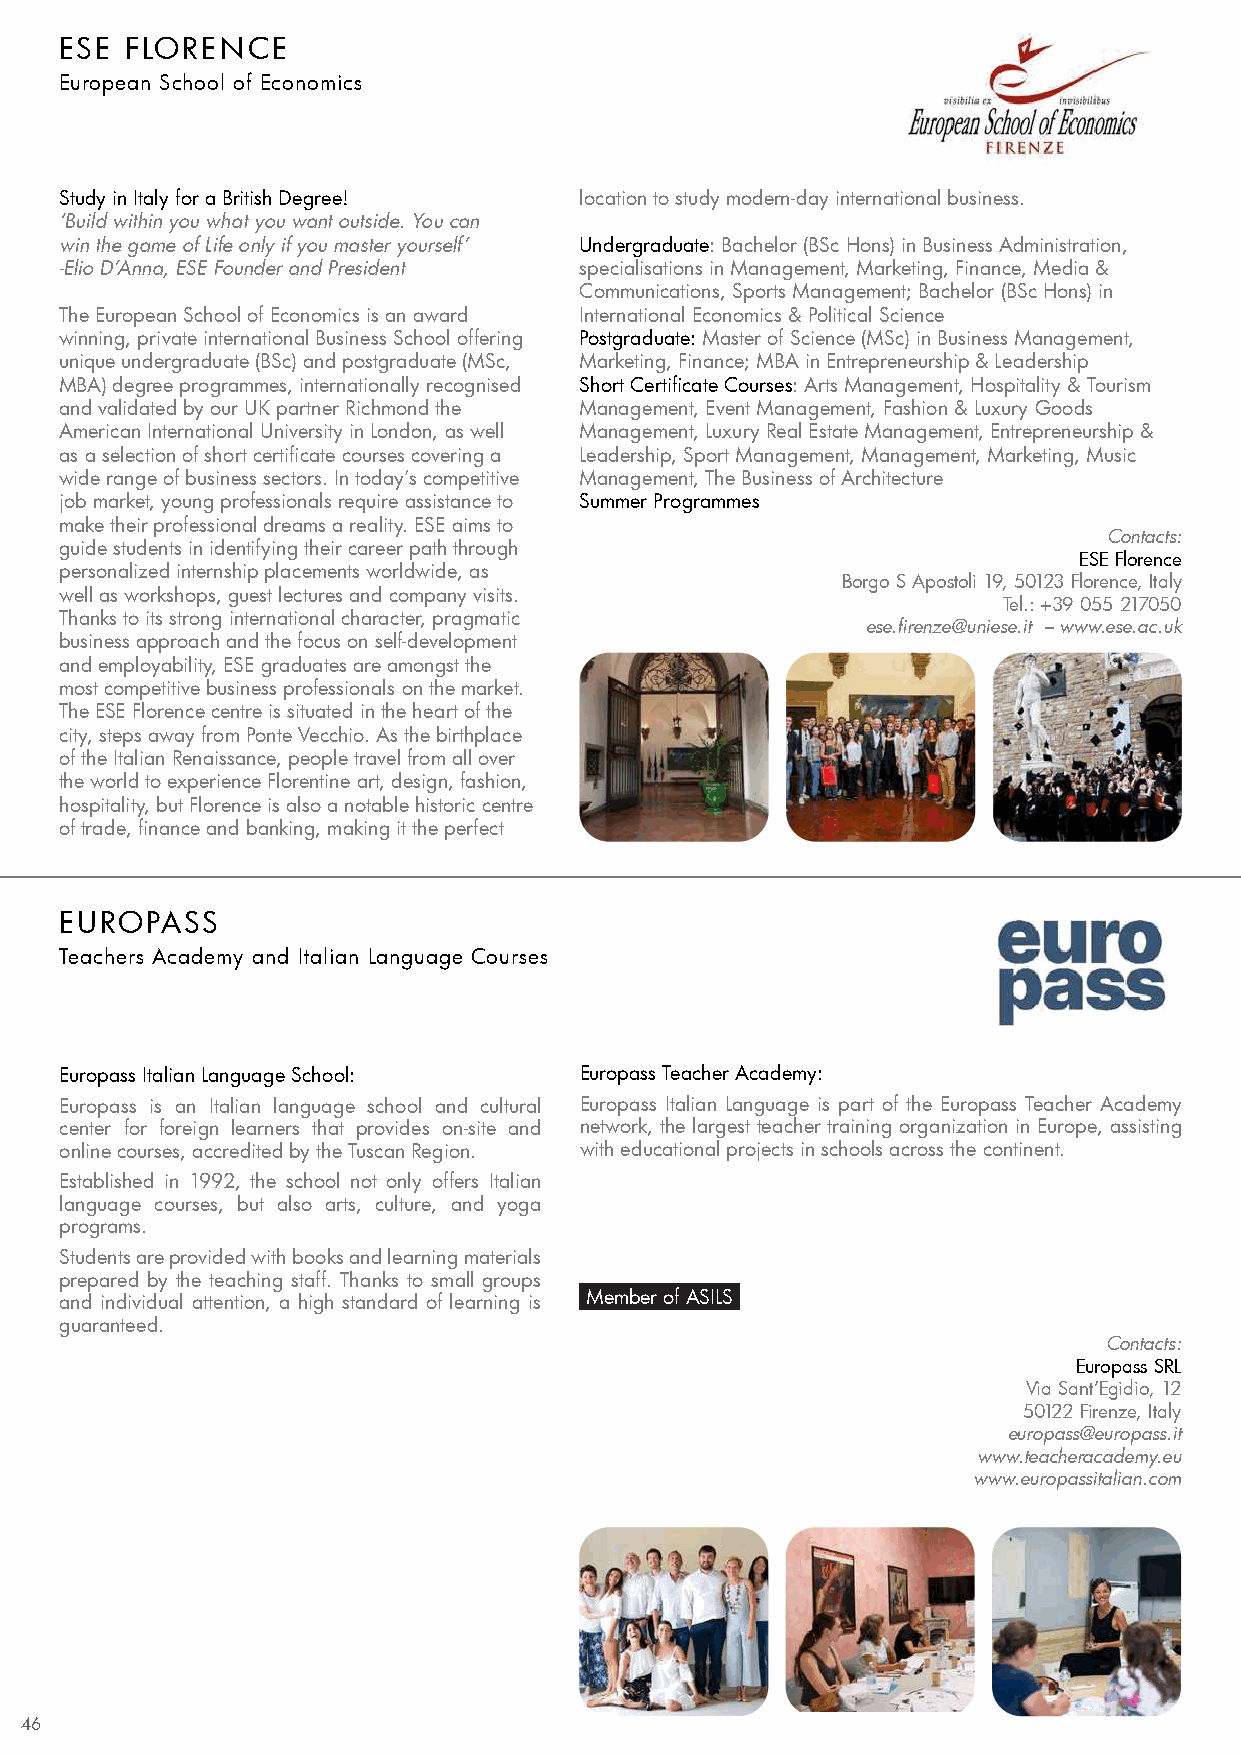
ESE FLORENCE
 European School of Economics
 Study in Italy for a British Degree! location to study modern-day international business.
 ‘Build within you what you want outside. You can
 win the game of Life only if you master yourself’ Undergraduate: Bachelor (BSc Hons) in Business Administration,
 -Elio D’Anna, ESE Founder and President specialisations in Management, Marketing, Finance, Media &
 Communications, Sports Management; Bachelor (BSc Hons) in
 The European School of Economics is an award International Economics & Political Science
 winning, private international Business School offering Postgraduate: Master of Science (MSc) in Business Management,
 unique undergraduate (BSc) and postgraduate (MSc, Marketing, Finance; MBA in Entrepreneurship & Leadership
 MBA) degree programmes, internationally recognised Short Certificate Courses: Arts Management, Hospitality & Tourism
 and validated by our UK partner Richmond the Management, Event Management, Fashion & Luxury Goods
 American International University in London, as well Management, Luxury Real Estate Management, Entrepreneurship &
 as a selection of short certificate courses covering a Leadership, Sport Management, Management, Marketing, Music
 wide range of business sectors. In today’s competitive Management, The Business of Architecture
 job market, young professionals require assistance to Summer Programmes
 make their professional dreams a reality. ESE aims to
 Contacts:
 guide students in identifying their career path through
 ESE Florence
 personalized internship placements worldwide, as
 Borgo S Apostoli 19, 50123 Florence, Italy
 well as workshops, guest lectures and company visits.
 Tel.: +39 055 217050
 Thanks to its strong international character, pragmatic
 ese.firenze@uniese.it – www.ese.ac.uk
 business approach and the focus on self-development
 and employability, ESE graduates are amongst the
 most competitive business professionals on the market.
 The ESE Florence centre is situated in the heart of the
 city, steps away from Ponte Vecchio. As the birthplace
 of the Italian Renaissance, people travel from all over
 the world to experience Florentine art, design, fashion,
 hospitality, but Florence is also a notable historic centre
 of trade, finance and banking, making it the perfect
 EUROPASS
 Teachers Academy and Italian Language Courses
 Europass Italian Language School: Europass Teacher Academy:
 Europass is an Italian language school and cultural Europass Italian Language is part of the Europass Teacher Academy
 center for foreign learners that provides on-site and network, the largest teacher training organization in Europe, assisting
 online courses, accredited by the Tuscan Region. with educational projects in schools across the continent.
 Established in 1992, the school not only offers Italian
 language courses, but also arts, culture, and yoga
 programs.
 Students are provided with books and learning materials
 prepared by the teaching staff. Thanks to small groups
 and individual attention, a high standard of learning is Member of ASILS
 guaranteed.
 Contacts:
 Europass SRL
 Via Sant’Egidio, 12
 50122 Firenze, Italy
 europass@europass.it
 www.teacheracademy.eu
 www.europassitalian.com
 46